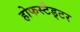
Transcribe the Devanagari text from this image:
होफस्टैड्टर